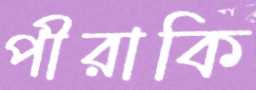
পীরাকি